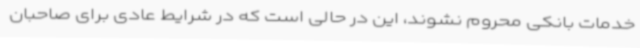
خدمات بانکی محروم نشوند، این در حالی است که در شرایط عادی برای صاحبان